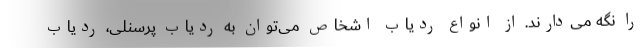
را نگه می‌دارند. از انواع ردیاب اشخاص می‌توان به ردیاب پرسنلی، ردیاب